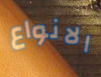
الانواع